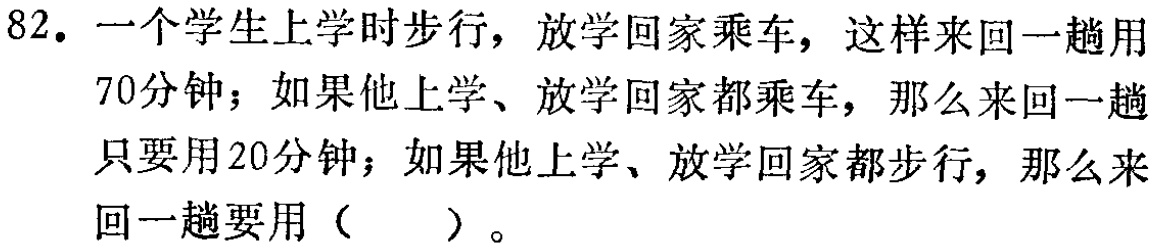
82. 一个学生上学时步行，放学回家乘车，这样来回一趟用70分钟；如果他上学、放学回家都乘车，那么来回一趟只要用20分钟；如果他上学、放学回家都步行，那么来回一趟要用（  ）。